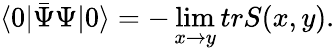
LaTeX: \langle 0|\bar{\Psi}\Psi|0\rangle=-\operatorname*{lim}_{x\to y}trS(x,y).